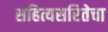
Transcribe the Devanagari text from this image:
सहित्यसरितेचा